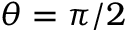
\theta = \pi / 2